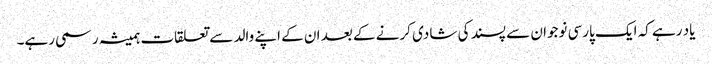
یاد رہے کہ ایک پارسی نوجوان سے پسند کی شادی کرنے کے بعد ان کے اپنے والد سے تعلقات ہمیشہ رسمی رہے۔